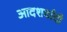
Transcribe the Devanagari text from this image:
आदशर्वादी